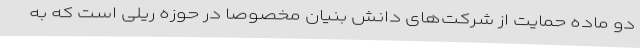
دو ماده حمایت از شرکت‌های دانش بنیان مخصوصا در حوزه ریلی است که به